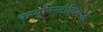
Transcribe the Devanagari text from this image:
कम्युनिस्टांविरूद्ध